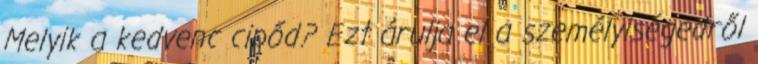
Melyik a kedvenc cipőd? Ezt árulja el a személyiségedről